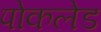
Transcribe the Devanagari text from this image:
पोकलेड